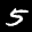
Label: 5